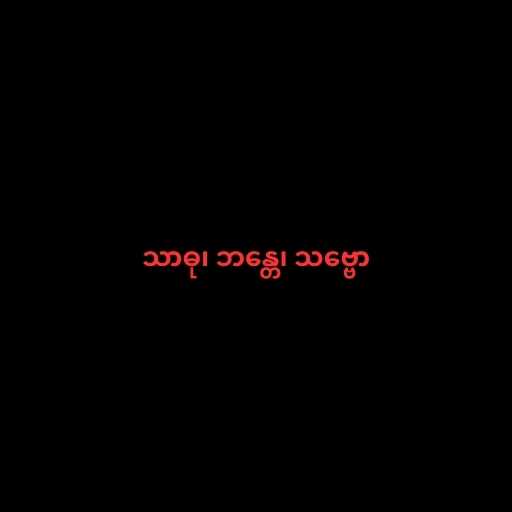
သာဓု၊ ဘန္တေ၊ သဗ္ဗော